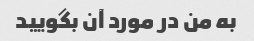
به من در مورد آن بگویید